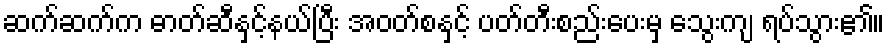
ဆက်ဆက်က ဓာတ်ဆီနှင့်နယ်ပြီး အဝတ်စနှင့် ပတ်တီးစည်းပေးမှ သွေးကျ ရပ်သွား၏။